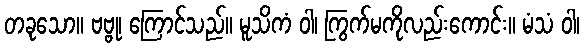
တခုသော။ ဗဗ္ဗု၊ ကြောင်သည်။ မူသိကံ ဝါ၊ ကြွက်မကိုလည်းကောင်း။ မံသံ ဝါ၊